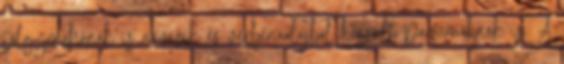
tölgymohának is nevezik és verbénaolajból készült parfümöknek is. A